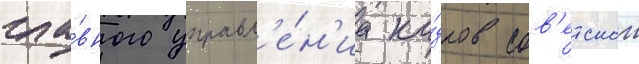
гла́вного управл'е́н'иа ка́дров сов'етскои